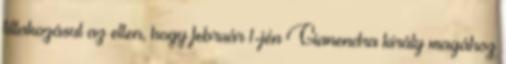
tiltakozásul az ellen, hogy február 1-jén Gianendra király magához